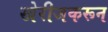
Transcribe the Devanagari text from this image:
खेरीजकरून